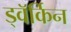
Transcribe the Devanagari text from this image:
ड्वॅर्किन